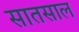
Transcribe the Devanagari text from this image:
सातसाल